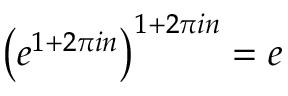
\left( e ^ { 1 + 2 \pi i n } \right) ^ { 1 + 2 \pi i n } = e \qquad